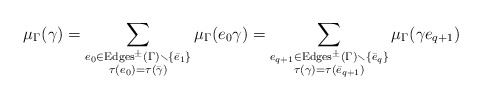
\begin{align*}\mu_\Gamma(\gamma)= \sum_{\substack{e_0 \in {\rm Edges}^\pm(\Gamma) \smallsetminus \{\bar e_1\} \\ \tau(e_0) = \tau(\bar \gamma)}} \mu_\Gamma(e_0 \gamma) = \sum_{\substack{e_{q+1} \in {\rm Edges}^\pm(\Gamma) \smallsetminus \{\bar e_q\} \\\tau(\gamma) = \tau(\bar e_{q+1})}} \mu_\Gamma(\gamma e_{q+1})\end{align*}